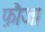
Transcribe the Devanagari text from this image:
फ़ौज।